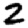
Digit: 2